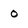
Character: o